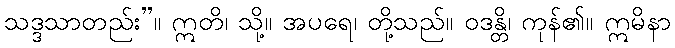
သဒ္ဒသာတည်း”။ ဣတိ၊ သို့။ အပရေ၊ တို့သည်။ ဝဒန္တိ၊ ကုန်၏။ ဣမိနာ